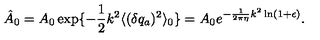
\hat { A } _ { 0 } = A _ { 0 } \exp \{ - \frac { 1 } { 2 } k ^ { 2 } \langle ( \delta q _ { a } ) ^ { 2 } \rangle _ { 0 } \} = A _ { 0 } e ^ { - \frac { 1 } { 2 \pi \eta } k ^ { 2 } \ln ( 1 + \epsilon ) } .